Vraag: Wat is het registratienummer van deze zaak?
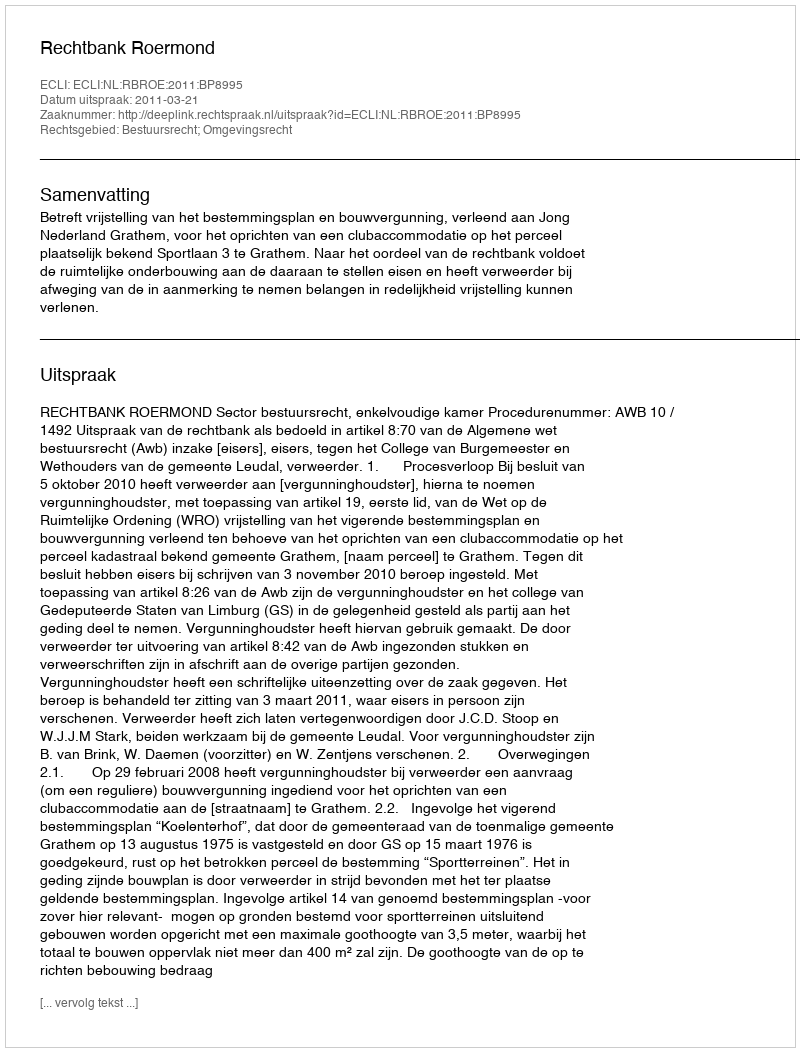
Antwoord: http://deeplink.rechtspraak.nl/uitspraak?id=ECLI:NL:RBROE:2011:BP8995